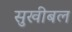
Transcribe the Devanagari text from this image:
सुखीबल